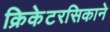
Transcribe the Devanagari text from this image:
क्रिकेटरसिकाने